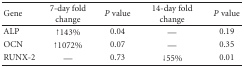
| Gene | 7-day fold change | P value | 14-day fold change | P value |
 | --- | --- | --- | --- | --- |
 | ALP | ↑143% | 0.04 | — | 0.19 |
 | OCN | ↑1072% | 0.07 | — | 0.35 |
 | RUNX-2 | — | 0.73 | ↓55% | 0.01 |